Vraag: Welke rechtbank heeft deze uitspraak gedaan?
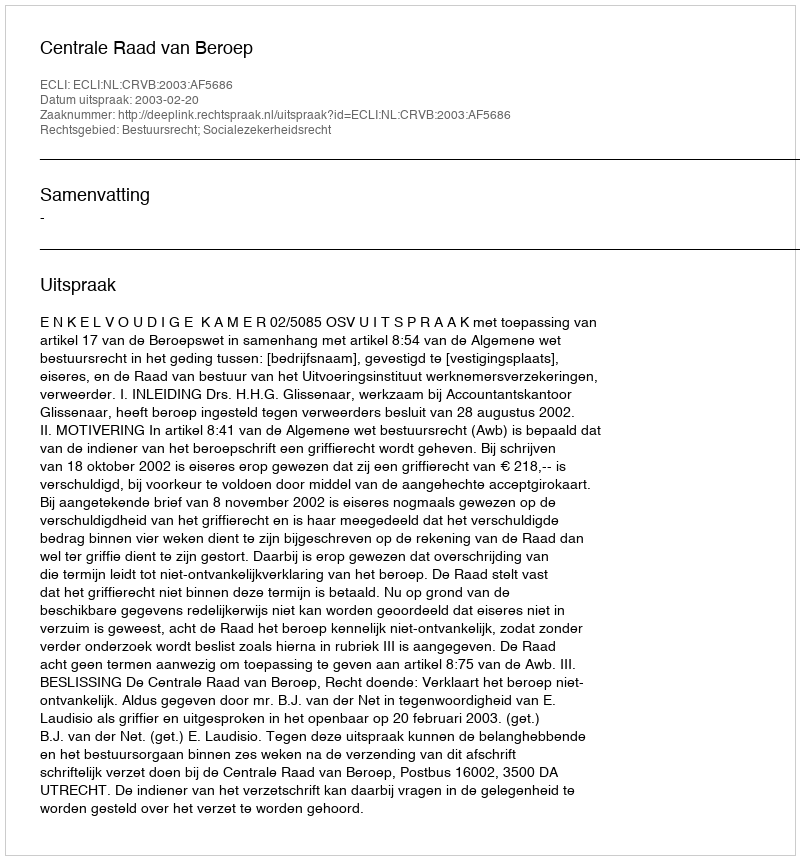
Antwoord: Centrale Raad van Beroep